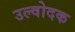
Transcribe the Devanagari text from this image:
उल्वोदक